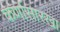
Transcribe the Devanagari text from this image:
कर्णासारखा